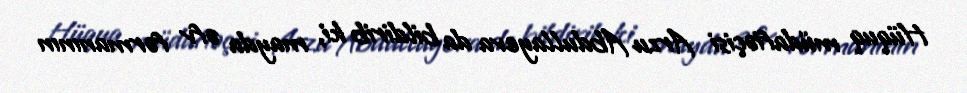
Hüquq müdafiəçisi Arzu Abdullayeva da bildirib ki, mayda əfv fərmanının